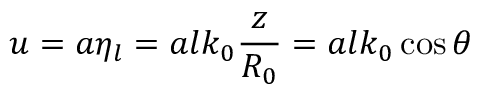
u = a \eta _ { l } = a l k _ { 0 } \frac { z } { R _ { 0 } } = a l k _ { 0 } \cos \theta